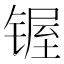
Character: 𰾣